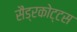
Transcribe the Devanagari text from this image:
सैंड्रकोट्टस